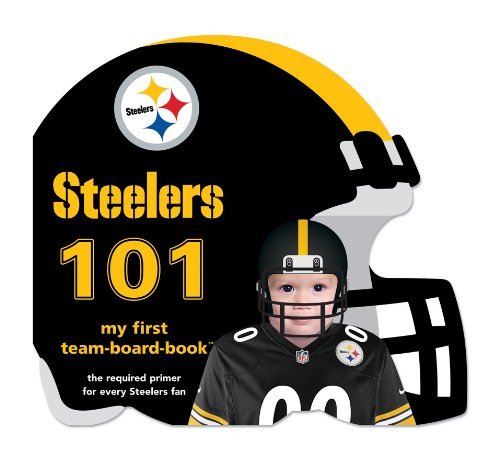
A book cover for Pittsburgh Steelers 101 (101: My First Team-Board-Book); Brad M. Epstein; Children's Books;